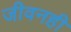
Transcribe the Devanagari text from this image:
जीवनही